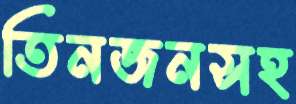
তিনজনসহ